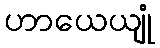
ဟာယေယျုံ